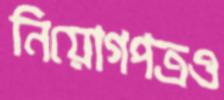
নিয়োগপত্রও